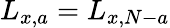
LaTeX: L_{x,a}=L_{x,N-a}